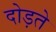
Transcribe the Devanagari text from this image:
दोड़ते